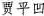
贾平凹